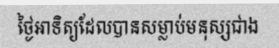
ថ្ងៃអាទិត្យដែលបានសម្លាប់មនុស្សជាង